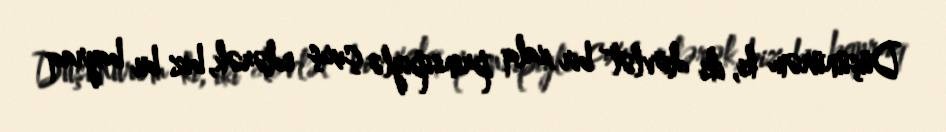
Düşünürəm ki, iki dövlət bir xalq prinsipiylə çıxış edərək, biz bu bayraq